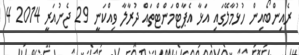
ރެއިންބޯއިން ހުޅުމާލޭގައި އަޅާ އެޕާޓްމަންޓްތައް ދުރާލާ ވިއްކަނީ 29 ޖެނުއަރީ 2014 4